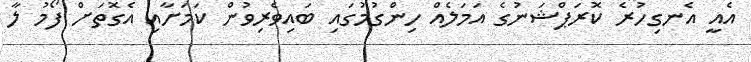
އެއީ އެނގިހުރެ ކޮރަޕްޝަނުގެ އަމަލެއް ހިންގުމުގައި ބައިވެރިވުން ކަމަށާއި އެގޮތަށް ފޯމު ލާ